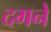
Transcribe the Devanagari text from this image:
दगने